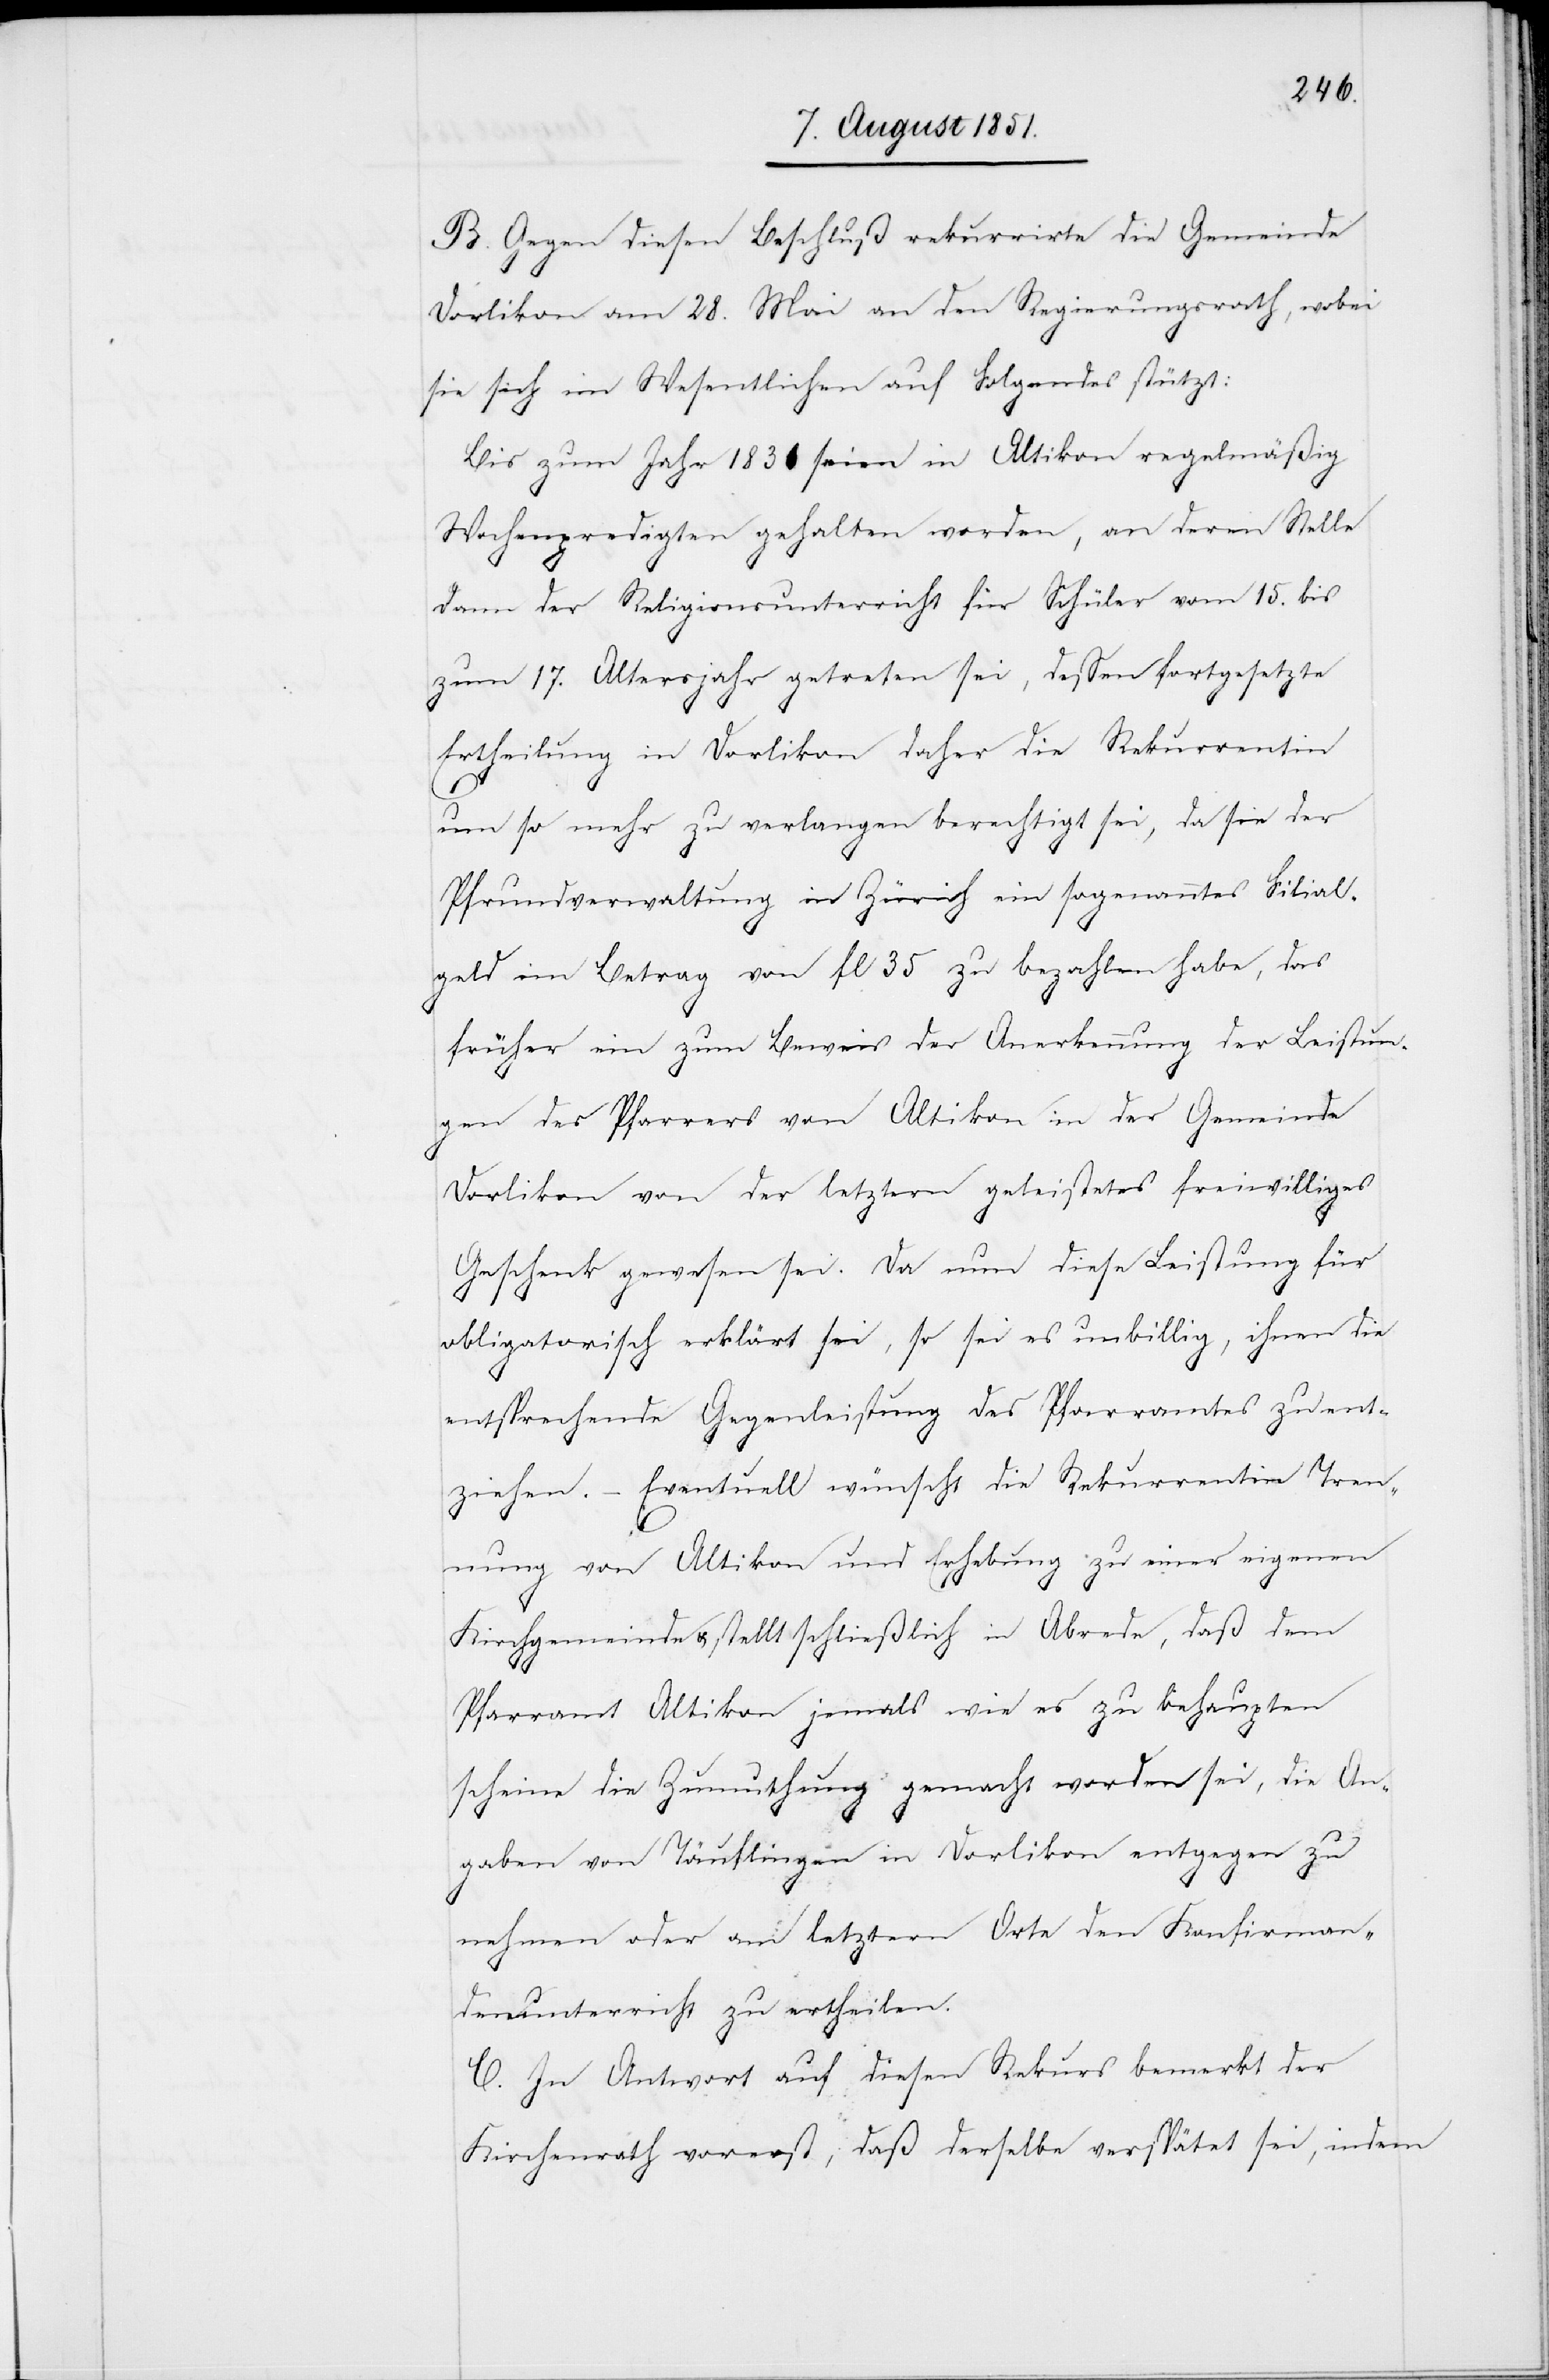
B. Gegen diesen Beschluß rekurrirte die Gemeinde
Dorlikon am 28. Mai an den Regierungsrath, wobei
sie sich im Wesentlichen auf Folgendes stützt:
Bis zum Jahr 1836 seien in Altikon regelmäßig
Wochenpredigten gehalten worden, an deren Stelle
dann der Religionsunterricht für Schüler vom 15. bis
zum 17. Altersjahr getreten sei, dessen fortgesetzte
Ertheilung in Dorlikon daher die Rekurrentin
um so mehr zu verlangen berechtigt sei, da sie der
Pfrundverwaltung in Zürich ein sogenanntes Filial¬
geld im Betrag von fl 35 zu bezahlen habe, das
früher ein zum Beweis der Anerkennung der Leistun¬
gen des Pfarrers von Altikon in der Gemeinde
Dorlikon von der letztern geleistetes freiwilliges
Geschenk gewesen sei. Da nun diese Leistung für
obligatorisch erklärt sei, so sei es unbillig, ihnen die
entsprechende Gegenleistung des Pfarramtes zu ent¬
ziehen. – Eventuell wünscht die Rekurrentin Tren¬
nung von Altikon und Erhebung zu einer eigenen
Kirchgemeinde & stellt schließlich in Abrede, daß dem
Pfarramt Altikon jemals wie es zu behaupten
scheine die Zumuthung gemacht worden sei, die An¬
gaben von Täuflingen in Dorlikon entgegen zu
nehmen oder am letztern Orte den Konfirman¬
denunterricht zu ertheilen.
C. In Antwort auf diesen Rekurs bemerkt der
Kirchenrath vorerst, daß derselbe verspätet sei, indem